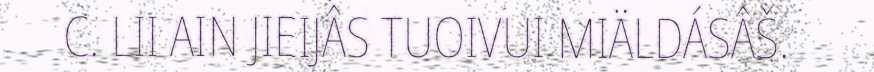
C. LII AIN JIEIJÂS TUOIVUI MIÄLDÁSÂŠ.